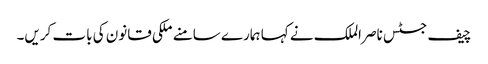
چیف جسٹس ناصر الملک نے کہا ہمارے سامنے ملکی قانون کی بات کریں۔